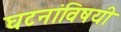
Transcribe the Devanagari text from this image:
घटनांविषयी